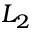
L _ { 2 }